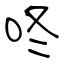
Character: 咚